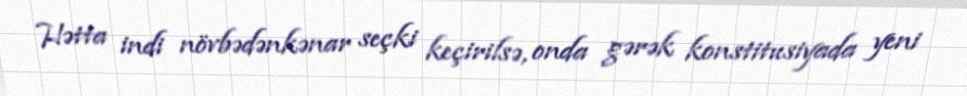
Hətta indi növbədənkənar seçki keçirilsə, onda gərək konstitusiyada yeni